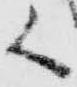
く